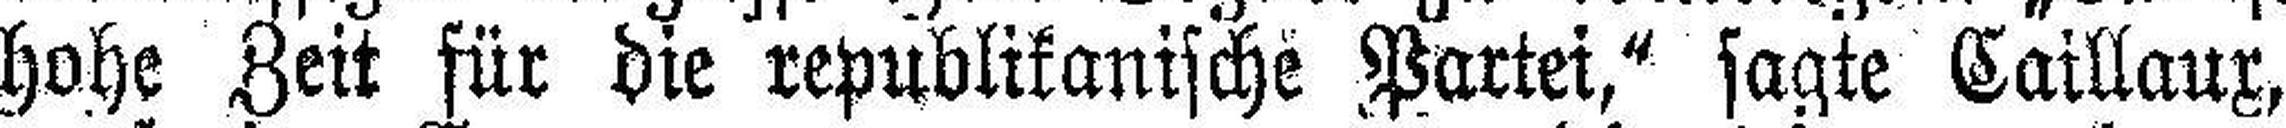
hohe Zeit für die republikanische Partei,“ sagte Caillaux,